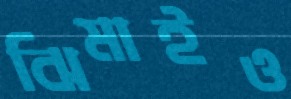
ঝিমাইও